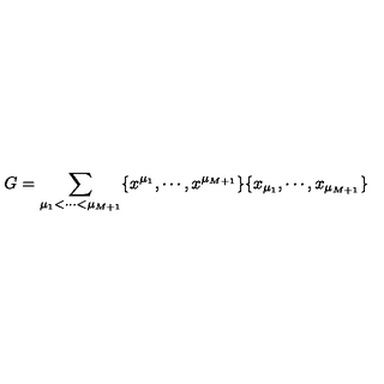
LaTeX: G = \sum _ { \mu _ { 1 } < \cdots < \mu _ { M + 1 } } \{ x ^ { \mu _ { 1 } } , \cdots , x ^ { \mu _ { M + 1 } } \} \{ x _ { \mu _ { 1 } } , \cdots , x _ { \mu _ { M + 1 } } \}